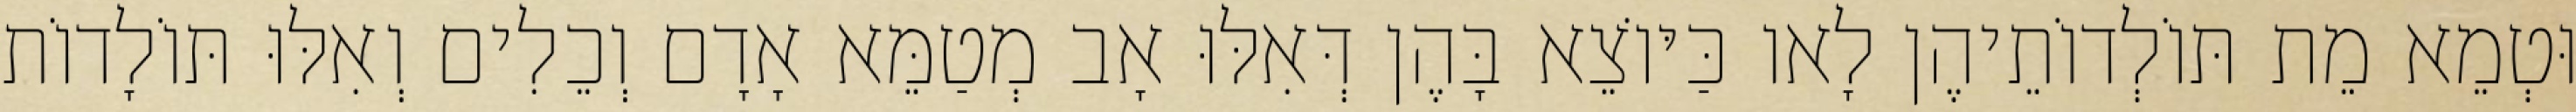
וּטְמֵא מֵת תּוֹלְדוֹתֵיהֶן לָאו כַּיּוֹצֵא בָּהֶן דְּאִלּוּ אָב מְטַמֵּא אָדָם וְכֵלִים וְאִלּוּ תּוֹלָדוֹת